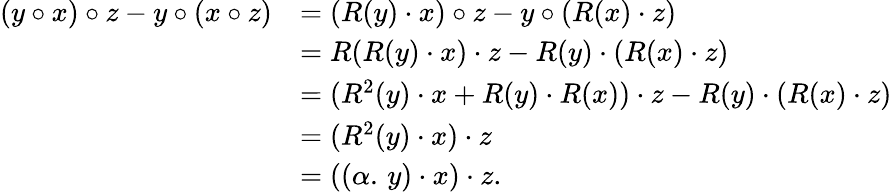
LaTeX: \begin{array}{rl}{(y\circ x)\circ z-y\circ(x\circ z)}&{=(R(y)\cdot x)\circ z-y\circ(R(x)\cdot z)}\\ &{=R(R(y)\cdot x)\cdot z-R(y)\cdot(R(x)\cdot z)}\\ &{=(R^{2}(y)\cdot x+R(y)\cdot R(x))\cdot z-R(y)\cdot(R(x)\cdot z)}\\ &{=(R^{2}(y)\cdot x)\cdot z}\\ &{=((\alpha.\, y)\cdot x)\cdot z.}\end{array}